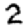
Digit: 2